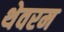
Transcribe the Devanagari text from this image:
थेवरम